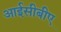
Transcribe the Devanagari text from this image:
आईसीबीए